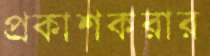
প্রকাশকরার